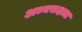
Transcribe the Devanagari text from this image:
अध्यसक्षता